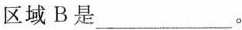
区域B是___。